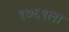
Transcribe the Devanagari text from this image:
१७६९ला